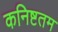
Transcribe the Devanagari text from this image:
कनिष्टतम